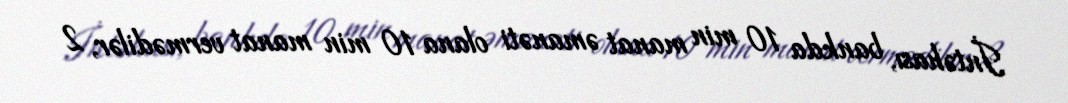
İntəhası, bankda 10 min manat əmanəti olana 10 min manat vermədilər, 2